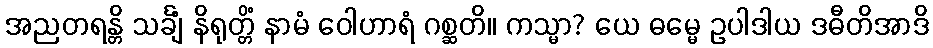
အညတရန္တိ သင်္ချံ နိရုတ္တိံ နာမံ ဝေါဟာရံ ဂစ္ဆတိ။ ကသ္မာ? ယေ ဓမ္မေ ဥပါဒါယ ဒဓီတိအာဒိ